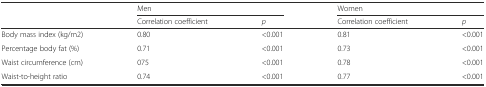
<table><thead><tr><td></td><td colspan="2"><b>Men</b></td><td colspan="2"><b>Women</b></td></tr><tr><td></td><td><b>Correlation coefficient</b></td><td><b><i>p</i></b></td><td><b>Correlation coefficient</b></td><td><b><i>p</i></b></td></tr></thead><tbody><tr><td>Body mass index (kg/m2)</td><td>0.80</td><td>&lt;0.001</td><td>0.81</td><td>&lt;0.001</td></tr><tr><td>Percentage body fat (%)</td><td>0.71</td><td>&lt;0.001</td><td>0.73</td><td>&lt;0.001</td></tr><tr><td>Waist circumference (cm)</td><td>075</td><td>&lt;0.001</td><td>0.78</td><td>&lt;0.001</td></tr><tr><td>Waist-to-height ratio</td><td>0.74</td><td>&lt;0.001</td><td>0.77</td><td>&lt;0.001</td></tr></tbody></table>